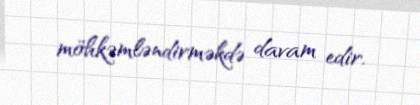
möhkəmləndirməkdə davam edir.